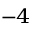
^ { - 4 }